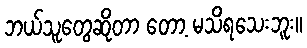
ဘယ်သူတွေဆိုတာ တော့ မသိရသေးဘူး။